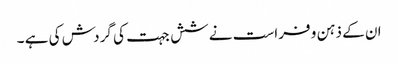
ان کے ذہن و فراست نے شش جہت کی گردش کی ہے ۔